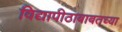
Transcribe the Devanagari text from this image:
विद्यापीठाबाबतच्या